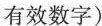
有效数字)